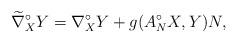
LaTeX: \begin{align*}\widetilde{\nabla}^{{\circ}}_{X}Y=\nabla^{{\circ}}_{X}Y+g(A^{{\circ}}_{N}X,Y)N,\end{align*}